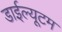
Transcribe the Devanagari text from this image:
डाईल्यूटम